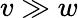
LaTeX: v\gg w